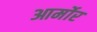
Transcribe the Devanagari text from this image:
आर्मोर